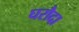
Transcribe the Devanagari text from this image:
घरौदा